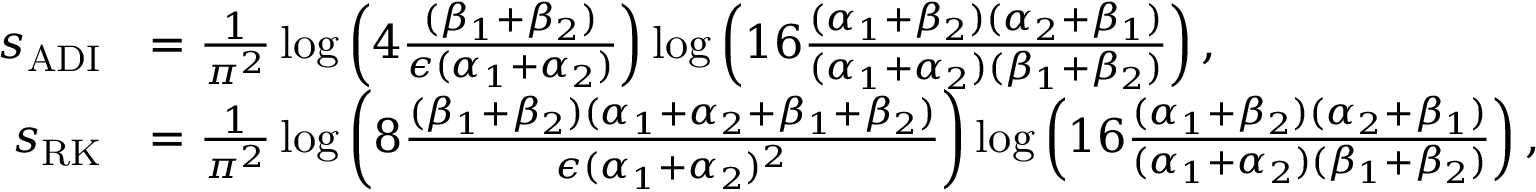
\begin{array} { r l } { s _ { \mathrm { A D I } } } & { = \frac { 1 } { \pi ^ { 2 } } \log \left( 4 \frac { ( \beta _ { 1 } + \beta _ { 2 } ) } { \epsilon ( \alpha _ { 1 } + \alpha _ { 2 } ) } \right) \log \left( 1 6 \frac { ( \alpha _ { 1 } + \beta _ { 2 } ) ( \alpha _ { 2 } + \beta _ { 1 } ) } { ( \alpha _ { 1 } + \alpha _ { 2 } ) ( \beta _ { 1 } + \beta _ { 2 } ) } \right) , } \\ { s _ { \mathrm { R K } } } & { = \frac { 1 } { \pi ^ { 2 } } \log \left( 8 \frac { ( \beta _ { 1 } + \beta _ { 2 } ) ( \alpha _ { 1 } + \alpha _ { 2 } + \beta _ { 1 } + \beta _ { 2 } ) } { \epsilon ( \alpha _ { 1 } + \alpha _ { 2 } ) ^ { 2 } } \right) \log \left( 1 6 \frac { ( \alpha _ { 1 } + \beta _ { 2 } ) ( \alpha _ { { 2 } } + \beta _ { 1 } ) } { ( \alpha _ { 1 } + \alpha _ { 2 } ) ( \beta _ { 1 } + \beta _ { 2 } ) } \right) , } \end{array}